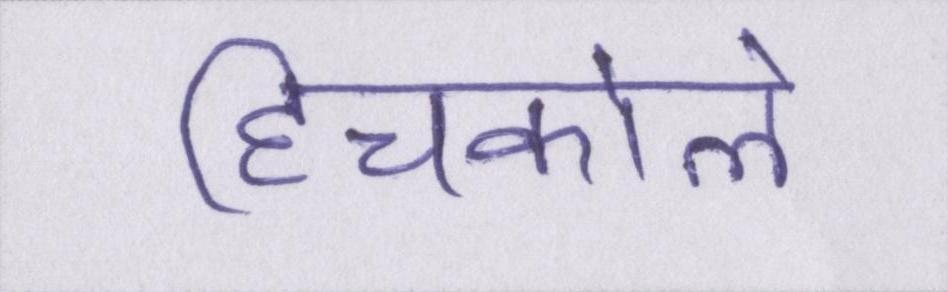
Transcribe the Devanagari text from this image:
हिचकोले